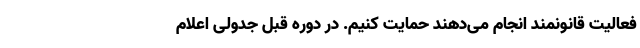
فعالیت قانونمند انجام می‌دهند حمایت کنیم. در دوره قبل جدولی اعلام